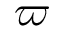
\varpi